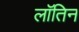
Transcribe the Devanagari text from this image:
लॉतिन